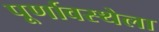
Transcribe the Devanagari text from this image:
पूर्णावस्थेला